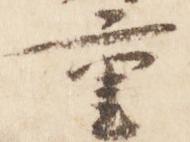
重